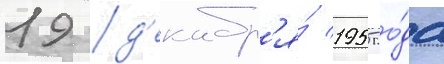
19 д'екабр'я́ 1955 го́да